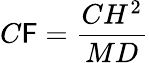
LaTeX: C\mathsf{F}={\frac{{CH^{2}}}{{MD}}}